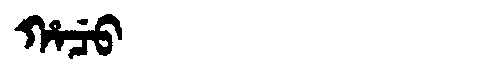
Manchu: ᡥᠠᠴᡠ
Romanization: HACU